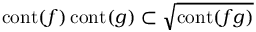
\operatorname { c o n t } ( f ) \operatorname { c o n t } ( g ) \subset { \sqrt { \operatorname { c o n t } ( f g ) } }